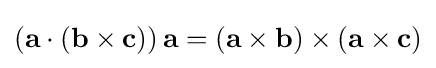
(\mathbf {a} \cdot (\mathbf {b} \times \mathbf {c} ))\,\mathbf {a} =(\mathbf {a} \times \mathbf {b} )\times (\mathbf {a} \times \mathbf {c} )